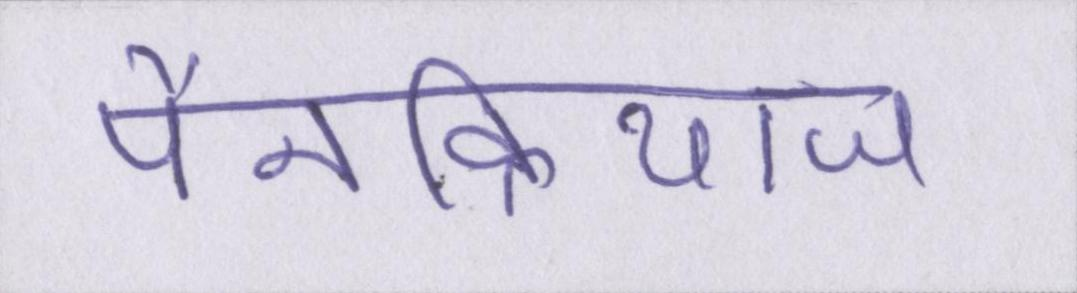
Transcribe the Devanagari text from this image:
पैनक्रियाज